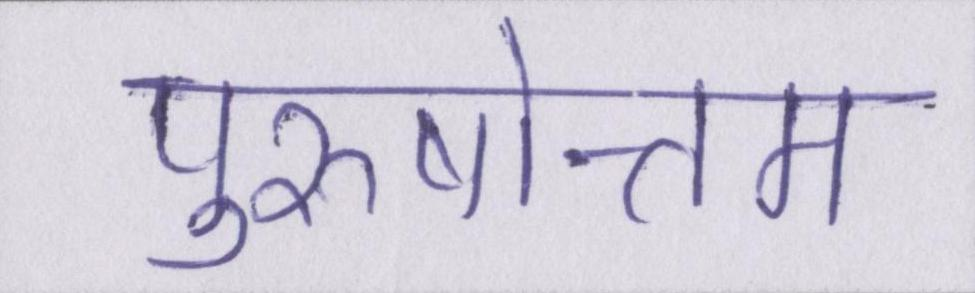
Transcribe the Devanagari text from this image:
पुरुषोत्तम